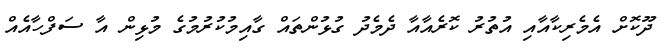
ދޫކޮށް އެމެރިކާއާއި އުތުރު ކޮރެއާއާ ދެމެދު ގުޅުންތައް ގާއިމުކުރުމުގެ މުޅިން އާ ސަފްހާއެއް